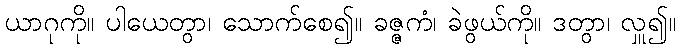
ယာဂုကို။ ပါယေတွာ၊ သောက်စေ၍။ ခဇ္ဇကံ၊ ခဲဖွယ်ကို။ ဒတွာ၊ လှူ၍။